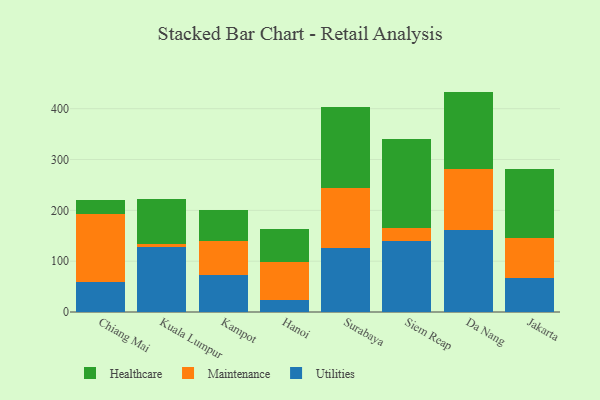
{"axis": {"x": "City", "y": "Latency (ms)"}, "legend": ["Healthcare", "Maintenance", "Utilities"], "data": [{"x": "Chiang Mai", "y": 59.0, "type": "Utilities"}, {"x": "Chiang Mai", "y": 134.5, "type": "Maintenance"}, {"x": "Chiang Mai", "y": 26.8, "type": "Healthcare"}, {"x": "Kuala Lumpur", "y": 127.8, "type": "Utilities"}, {"x": "Kuala Lumpur", "y": 6.1, "type": "Maintenance"}, {"x": "Kuala Lumpur", "y": 88.3, "type": "Healthcare"}, {"x": "Kampot", "y": 72.8, "type": "Utilities"}, {"x": "Kampot", "y": 67.4, "type": "Maintenance"}, {"x": "Kampot", "y": 60.6, "type": "Healthcare"}, {"x": "Hanoi", "y": 23.6, "type": "Utilities"}, {"x": "Hanoi", "y": 75.2, "type": "Maintenance"}, {"x": "Hanoi", "y": 64.8, "type": "Healthcare"}, {"x": "Surabaya", "y": 126.0, "type": "Utilities"}, {"x": "Surabaya", "y": 118.4, "type": "Maintenance"}, {"x": "Surabaya", "y": 159.8, "type": "Healthcare"}, {"x": "Siem Reap", "y": 140.1, "type": "Utilities"}, {"x": "Siem Reap", "y": 25.8, "type": "Maintenance"}, {"x": "Siem Reap", "y": 174.0, "type": "Healthcare"}, {"x": "Da Nang", "y": 161.4, "type": "Utilities"}, {"x": "Da Nang", "y": 120.2, "type": "Maintenance"}, {"x": "Da Nang", "y": 152.0, "type": "Healthcare"}, {"x": "Jakarta", "y": 66.9, "type": "Utilities"}, {"x": "Jakarta", "y": 78.1, "type": "Maintenance"}, {"x": "Jakarta", "y": 135.7, "type": "Healthcare"}]}